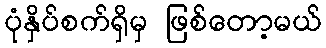
ပုံနှိပ်စက်ရှိမှ ဖြစ်တော့မယ်